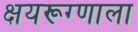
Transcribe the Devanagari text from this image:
क्षयरूग्णाला